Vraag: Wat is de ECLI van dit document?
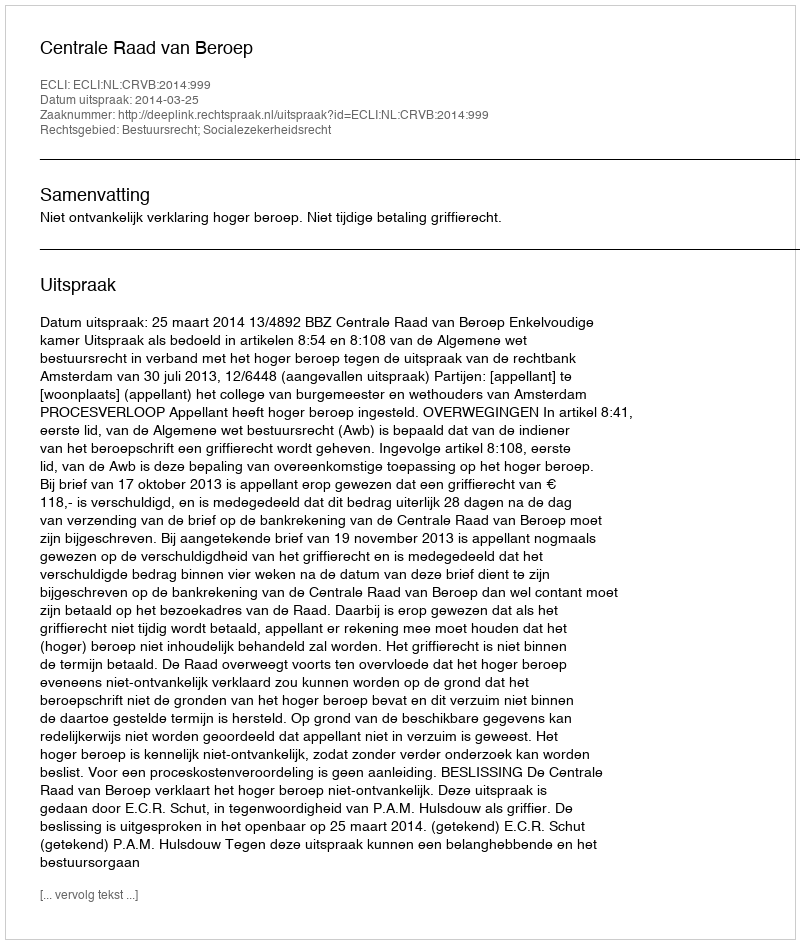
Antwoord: ECLI:NL:CRVB:2014:999